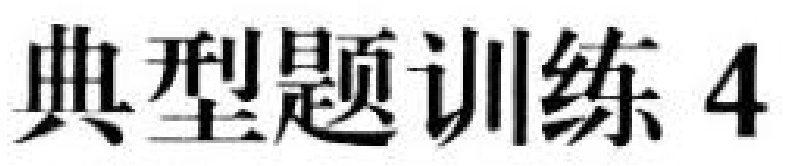
典型题训练 4